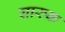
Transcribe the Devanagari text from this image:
घारुक